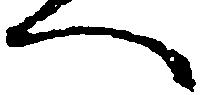
へ